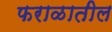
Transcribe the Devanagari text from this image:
फराळातील